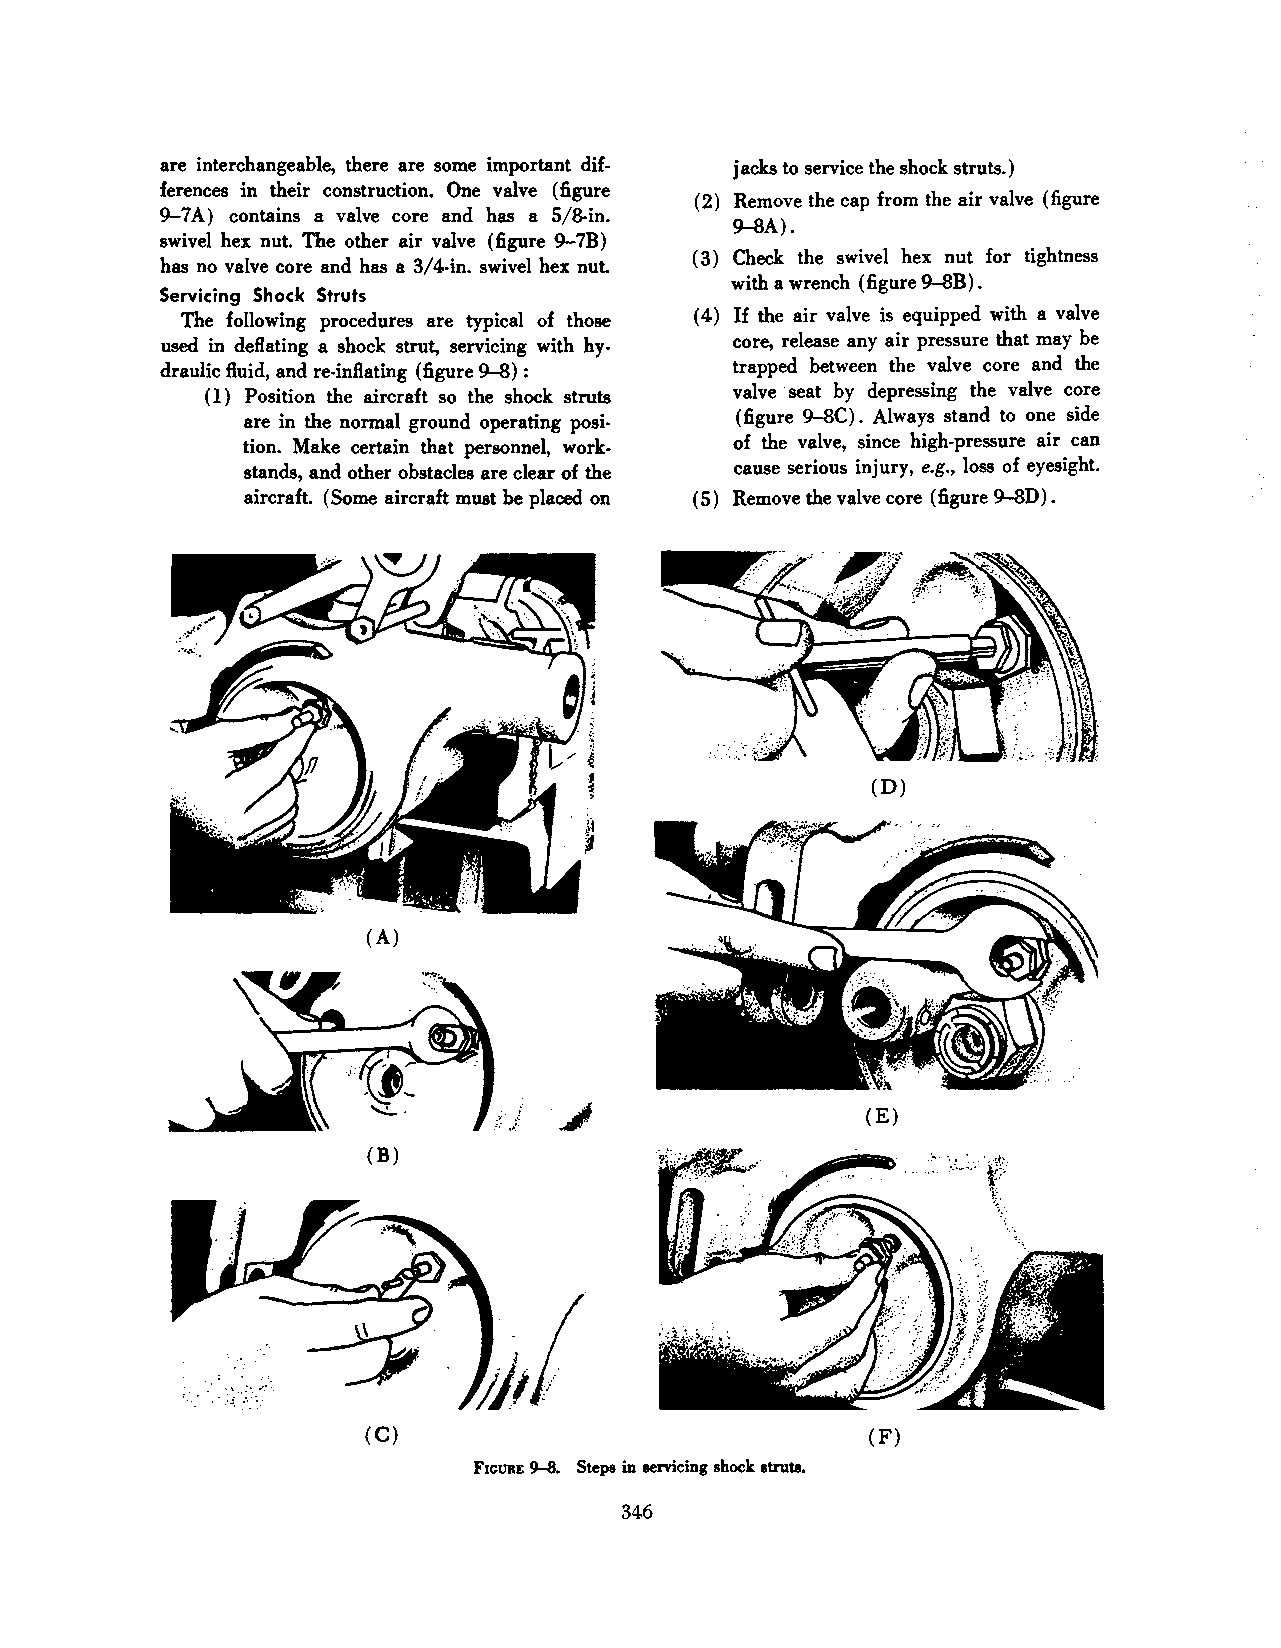
are interchangeable, there are some important dif jacks to service the shock struts.)
 ferences in their construction. One valve (figure
 (2) Remove the cap from the air valve (figure
 9-7A) contains a valve core and has a 5/8-in.
 9-8A).
 swivel hex nut. The other air valve (figure 9-7B)
 (3) Check the swivel hex nut for tightness
 has no valve core and has a 3/4-in. swivel hex nuL
 with a wrench (figure 9-8B).
 Servicing Shock Struts
 The following procedures are typical of those ( 4) If the air valve is equipped with a valve
 used in deftating a shock strut, servicing with hy core, release any air pressure that may be
 draulic ftuid, and re-inftating (figure 9-8): trapped between the valve core and the
 (1) Position the aircraft so the shock struts valve · seat by depressing the valve core
 are in the normal ground operating posi (figure 9-8C). Always stand to one side
 tion. Make certain that personnel, work of the valve, since high-pressure air can
 stands, and other· obstacles are clear of the cause serious injury, e.g., loss of eyesight.
 aircraft. (Some aircraft must be placed on ( 5) Remove the valve core (figure 9-8D) .
 (D)
 (A)
 (E)
 (B)                                 ' ... :> ..
 ~~       ·~,_~: 't!~~
 v.
 \:
 (C)                               (F)
 FIGURE 9-8. Steps in servicing shock struts.
 346